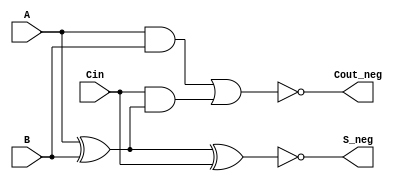
module Negative_Circuit_Full_Adder (
    input wire A,       // First input bit
    input wire B,       // Second input bit
    input wire Cin,     // Carry-in bit
    output wire S_neg,  // Negative sum output
    output wire Cout_neg // Negative carry-out output
);

// Internal signals for positive logic
wire S;       // Sum output in positive logic
wire Cout;    // Carry-out output in positive logic

// Sum calculation (positive logic)
assign S = A ^ B ^ Cin;

// Carry-out calculation (positive logic)
assign Cout = (A & B) | (Cin & (A ^ B));

// Invert the outputs for negative logic
assign S_neg = ~S;      // Negative sum output
assign Cout_neg = ~Cout; // Negative carry-out output

endmodule